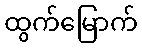
ထွက်မြောက်